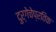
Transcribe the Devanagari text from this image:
दुर्गेचेप्रतिक